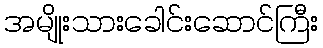
အမျိုးသားခေါင်းဆောင်ကြီး